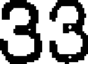
33